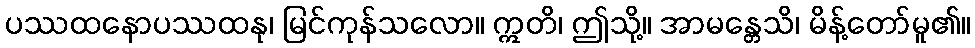
ပဿထနောပဿထနု၊ မြင်ကုန်သလော။ ဣတိ၊ ဤသို့။ အာမန္တေသိ၊ မိန့်တော်မူ၏။